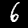
Label: 6